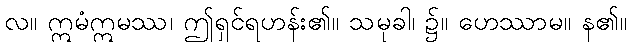
လ။ ဣမံဣမဿ၊ ဤရှင်ရဟန်း၏။ သမုခါ၊ ၌။ ဟေဿာမ။ န၏။